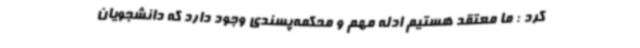
کرد : ما معتقد هستیم‌ ادله مهم و محکمه‌پسندی وجود دارد که دانشجویان